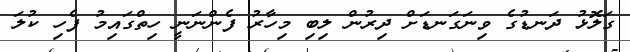
ގަލޮޅު ދަނޑުގެ ވިނަގަނޑަށް ދިރުން ލިބި މިހާރު ފެންނަނީ ހިތްގައިމު ފެހި ކުލަ